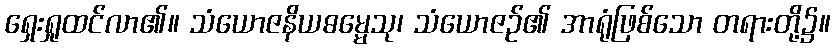
ရှေးရှုထင်လာ၏။ သံယောဇနိယဓမ္မေသု၊ သံယောဇဉ်၏ အာရုံဖြစ်သော တရားတို့၌။